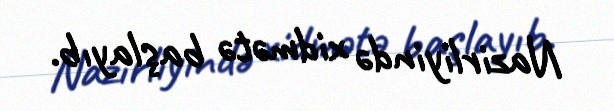
Nazirliyində xidmətə başlayıb.